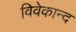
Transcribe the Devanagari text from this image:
विवेकान्‍द